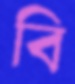
বি